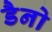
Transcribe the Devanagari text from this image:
डैनो